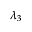
\lambda _ { 3 }